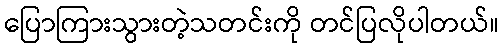
ပြောကြားသွားတဲ့သတင်းကို တင်ပြလိုပါတယ်။